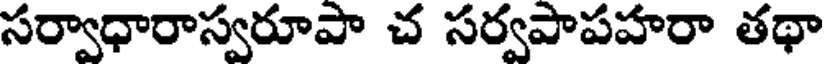
సర్వాధారాస్వరూపా చ సర్వపాపహరా తథా